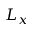
L _ { x }